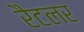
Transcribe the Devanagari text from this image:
रैटलर